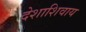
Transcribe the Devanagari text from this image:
देशाशिवाय